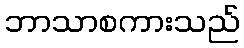
ဘာသာစကားသည်